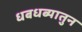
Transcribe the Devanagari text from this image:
धबधब्यातुन